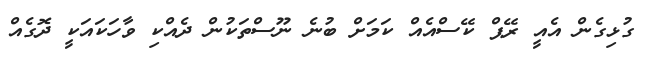
ގުޅިގެން އެއީ ރޭޕް ކޭސްއެއް ކަމަށް ބުނެ ނޫސްތަކުން ދެއްކި ވާހަކައަކީ ދޮގެއް